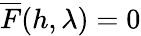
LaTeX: \overline{{F}}(h,\lambda)=0